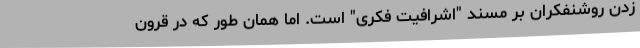
زدن روشنفکران بر مسند "اشرافیت فکری" است. اما همان طور که در قرون